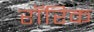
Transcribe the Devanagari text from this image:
रॉरिक